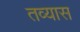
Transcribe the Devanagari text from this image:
तव्यास